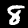
Digit: 8